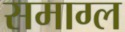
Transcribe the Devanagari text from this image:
समाग्ल